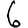
Digit: 6